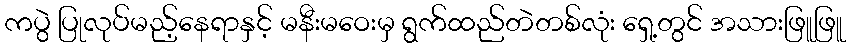
ကပွဲ ပြုလုပ်မည့်နေရာနှင့် မနီးမဝေးမှ ရွက်ထည်တဲတစ်လုံး ရှေ့တွင် အသားဖြူဖြူ